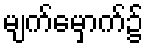
မျက်မှောက်၌